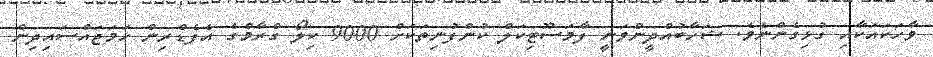
ވާހަކައަކާއި ގުޅިގެންނެވެ. ޝަހާބުއްދީންވަނީ ފާމަސޫޓިކަލް ކުންފުނިތަކަށް 9000 ކިލޯ ގްރާމްގެ އެފެޑްރިން ހަމަޖައްސައިދިން